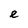
Character: e